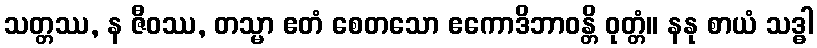
သတ္တဿ, န ဇီဝဿ, တသ္မာ ဧတံ စေတသော ဧကောဒိဘာဝန္တိ ဝုတ္တံ။ နနု စာယံ သဒ္ဓါ